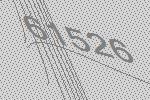
61526